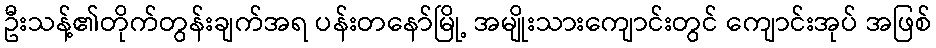
ဦးသန့်၏တိုက်တွန်းချက်အရ ပန်းတနော်မြို့ အမျိုးသားကျောင်းတွင် ကျောင်းအုပ် အဖြစ်